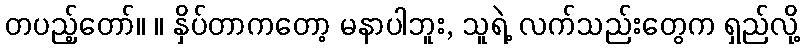
တပည့်တော်။ ။ နှိပ်တာကတော့ မနာပါဘူး, သူရဲ့ လက်သည်းတွေက ရှည်လို့